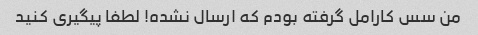
من سس کارامل گرفته بودم که ارسال نشده! لطفا پیگیری کنید